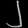
Digit: ၂